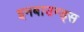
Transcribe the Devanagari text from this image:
इनबाउन्ड्स